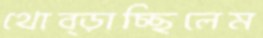
থোব্‌ড়াচ্ছিলেম